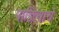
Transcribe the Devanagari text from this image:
पांडित्याचे